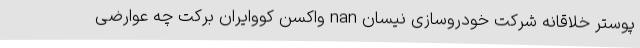
پوستر خلاقانه شرکت خودروسازی نیسان nan واکسن کووایران برکت چه عوارضی